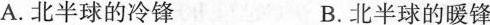
A.北半球的冷锋 B.北半球的暖锋